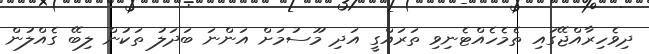
ދިވެހިރާއްޖޭގައި ތެމެހެއްޓެނިވި ތަރައްގީ އަދި މޫސުމަށް އަންނަ ބަދަލު ތަކުން ލިބޭ ގެއްލުން